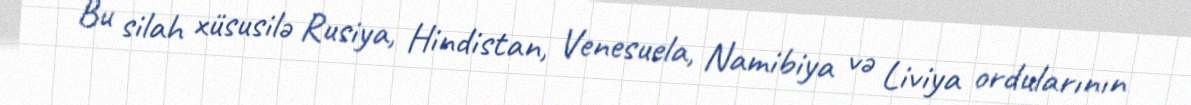
Bu silah xüsusilə Rusiya, Hindistan, Venesuela, Namibiya və Liviya ordularının